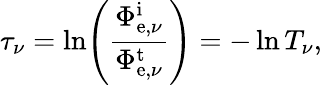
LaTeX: \tau_{\nu}=\ln\! \left({\frac{\Phi_{\mathrm{e},\nu}^{\mathrm{i}}}{\Phi_{\mathrm{e},\nu}^{\mathrm{t}}}}\right)=-\ln T_{\nu},